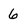
Character: 6